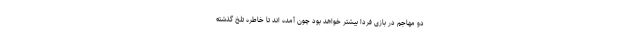
دو مهاجم در بازی فردا بیشتر خواهد بود چون آمده اند تا خاطره تلخ گذشته